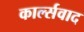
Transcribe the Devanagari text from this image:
कार्ल्सवाद